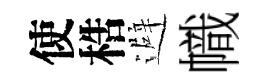
使梏避幟